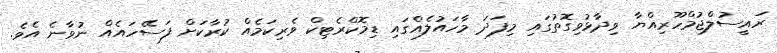
ރައީސުލްޖުމްހޫރިއްޔާ ވިދާޅުވިގޮތުގައި މިފަދަ މާހައުލެއްގައި ޑިމޮކްރެޓިކް ވެރިކަމެއް ކުރާކަށް ފަސޭހައެއް ނުވާނެ އެވެ.